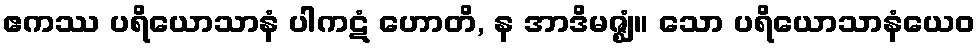
ဧကဿ ပရိယောသာနံ ပါကဋံ ဟောတိ, န အာဒိမဇ္ဈံ။ သော ပရိယောသာနံယေဝ